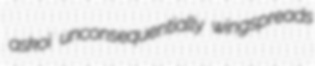
askoi unconsequentially wingspreads